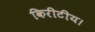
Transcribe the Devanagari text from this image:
किरीटीय।